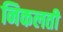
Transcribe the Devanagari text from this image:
निकलती